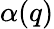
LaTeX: \alpha(q)